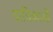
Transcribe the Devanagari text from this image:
याचिकाओँ